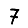
Digit: 7